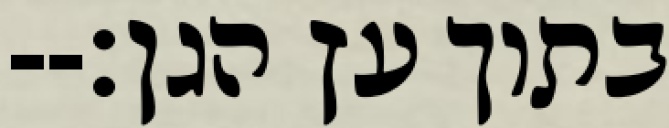
בתוך עץ הגן׃--